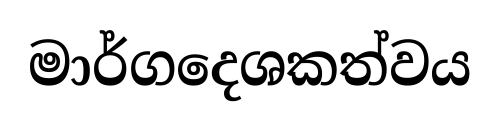
මාර්ගදෙශකත්වය